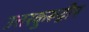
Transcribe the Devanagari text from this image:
उत्तरकुरूद्वीप